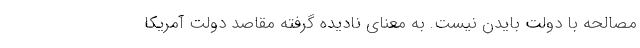
مصالحه با دولت بایدن نیست. به معنای نادیده گرفته مقاصد دولت آمریکا